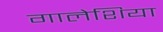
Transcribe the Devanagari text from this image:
गालेशिया